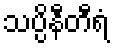
သပ္ပိနီတီရံ